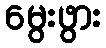
မွေးဖွား